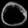
Digit: ၀